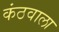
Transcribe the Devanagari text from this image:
कंठवाला